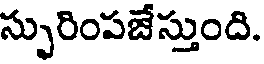
స్ఫురింపజేస్తుంది.